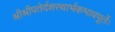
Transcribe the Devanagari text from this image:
श्रीश्रीपतेर्दशरथार्भकभावपूर्तेः